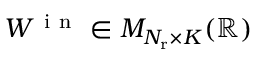
W ^ { \mathrm { ~ i ~ n ~ } } \in { \cal M } _ { N _ { \mathrm { r } } \times K } ( \mathbb { R } )